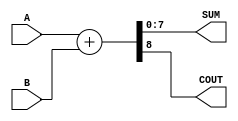
module ParameterizedAdder #(
    parameter WIDTH = 8  // Default width is 8 bits
)(
    input  [WIDTH-1:0] A,  // First operand
    input  [WIDTH-1:0] B,  // Second operand
    output [WIDTH-1:0] SUM, // Sum output
    output COUT            // Carry-out output
);

    // Internal signal for sum
    wire [WIDTH:0] full_sum; // One extra bit for carry

    // Calculate the sum and carry-out
    assign full_sum = A + B; // Perform addition
    assign SUM = full_sum[WIDTH-1:0]; // Assign lower WIDTH bits to SUM
    assign COUT = full_sum[WIDTH]; // Assign the carry-out

endmodule